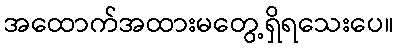
အထောက်အထားမတွေ့ရှိရသေးပေ။